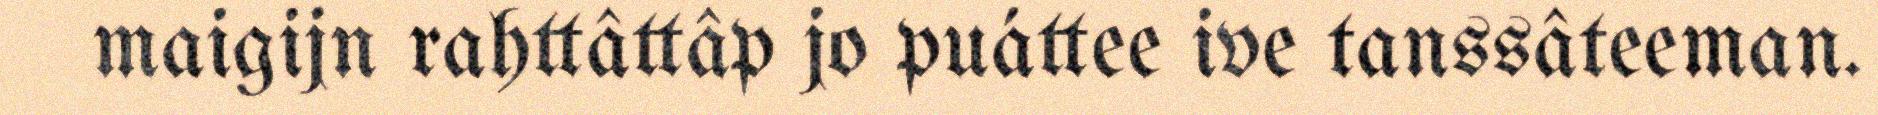
maigijn rahttâttâp jo puáttee ive tanssâteeman.